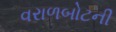
વરાળબોટની